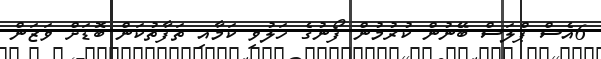
6އެސް ޕްލަސް ބޭނުން ކުރުމުން ފޯނުގެ ހަލުވި ކަމާއި ތަފާތުކަން ބޮޑަށް ވަޒަން